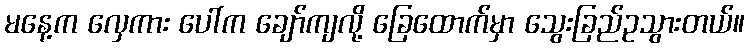
မနေ့က လှေကား ပေါ်က ချော်ကျလို့ ခြေထောက်မှာ သွေးခြည်ဥသွားတယ်။